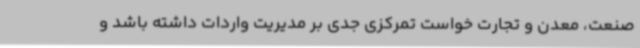
صنعت، معدن و تجارت خواست تمرکزی جدی بر مدیریت واردات داشته باشد و